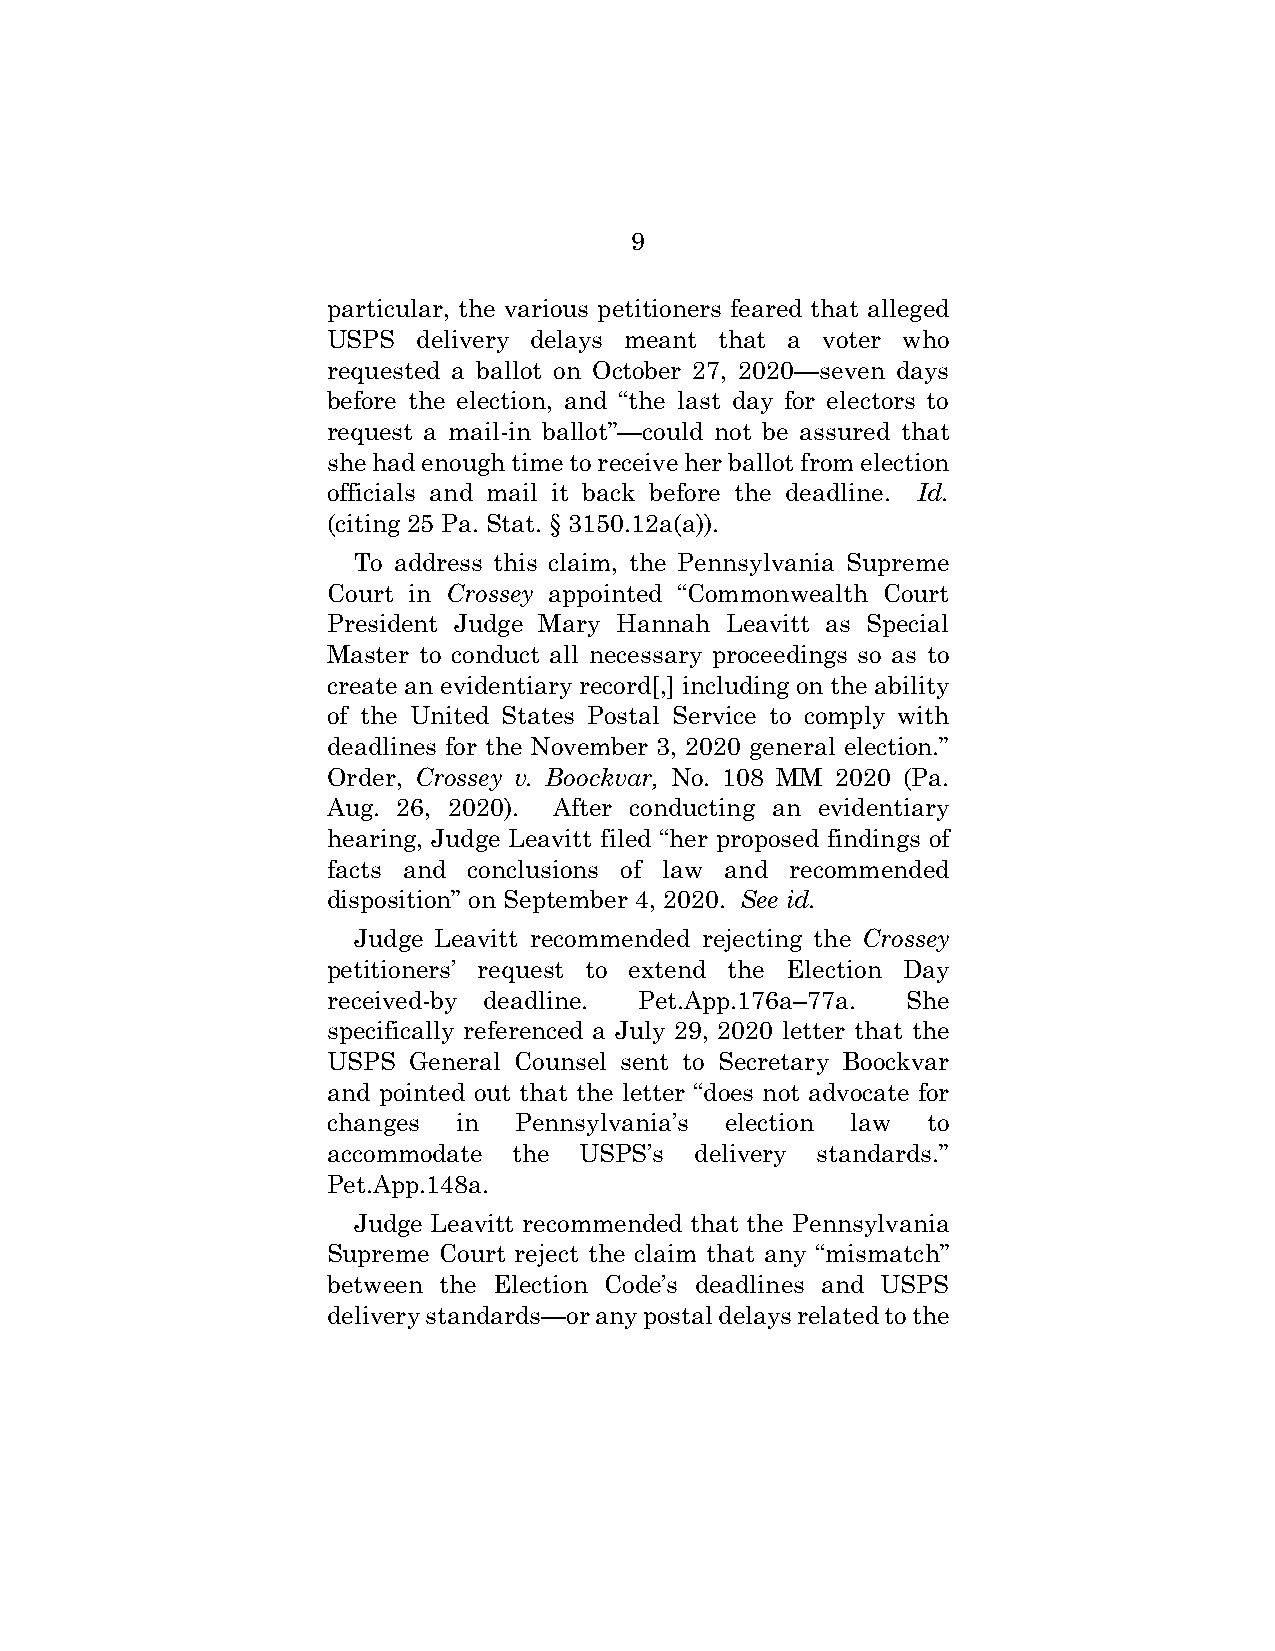
9
 particular, the various petitioners feared that alleged
 USPS  delivery delays meant that a voter who
 requested a ballot on October 27, 2020—seven days
 before the election, and “the last day for electors to
 request a mail-in ballot”—could not be assured that
 she had enough time to receive her ballot from election
 officials and mail it back before the deadline. Id.
 (citing 25 Pa. Stat. § 3150.12a(a)).
 To address this claim, the Pennsylvania Supreme
 Court in Crossey appointed “Commonwealth Court
 President Judge Mary Hannah Leavitt as Special
 Master to conduct all necessary proceedings so as to
 create an evidentiary record[,] including on the ability
 of the United States Postal Service to comply with
 deadlines for the November 3, 2020 general election.”
 Order, Crossey v. Boockvar, No. 108 MM 2020 (Pa.
 Aug. 26, 2020). After conducting an evidentiary
 hearing, Judge Leavitt filed “her proposed findings of
 facts and conclusions of law and recommended
 disposition” on September 4, 2020. See id.
 Judge Leavitt recommended rejecting the Crossey
 petitioners’ request to extend the Election Day
 received-by deadline. Pet.App.176a–77a. She
 specifically referenced a July 29, 2020 letter that the
 USPS General Counsel sent to Secretary Boockvar
 and pointed out that the letter “does not advocate for
 changes in  Pennsylvania’s election law to
 accommodate the USPS’s  delivery standards.”
 Pet.App.148a.
 Judge Leavitt recommended that the Pennsylvania
 Supreme Court reject the claim that any “mismatch”
 between the Election Code’s deadlines and USPS
 delivery standards—or any postal delays related to the